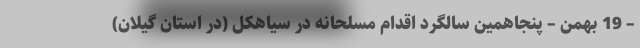
– 19 بهمن – پنجاهمین سالگرد اقدام مسلحانه در سیاهکل (در استان گیلان)